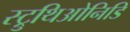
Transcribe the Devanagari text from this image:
स्ट्रुथिओनिडि